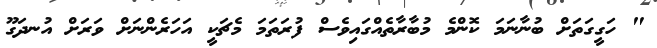
" ހަގީގަތަށް ބުުނާނަމަ ކޮންމެ މުބާރާތެއްގައިވެސް ފުރަތަަމަ މެޗަކީ އަހަރެންނަށް ވަރަށް އުނދަގޫ